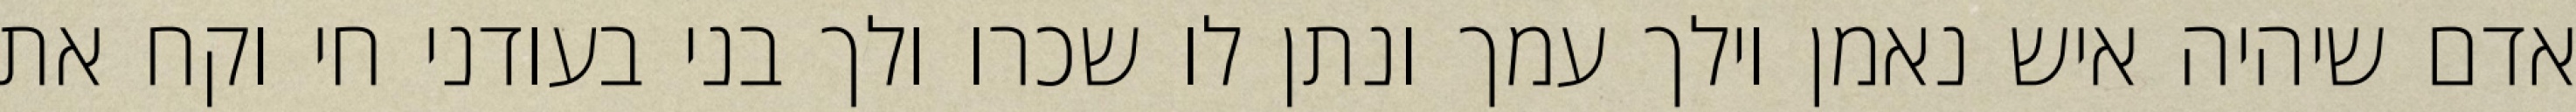
אדם שיהיה איש נאמן וילך עמך ונתן לו שכרו ולך בני בעודני חי וקח את